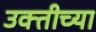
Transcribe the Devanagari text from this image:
उक्तीच्या